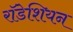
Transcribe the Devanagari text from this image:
राॅडेशियन